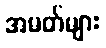
အမတ်များ